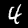
Digit: 4